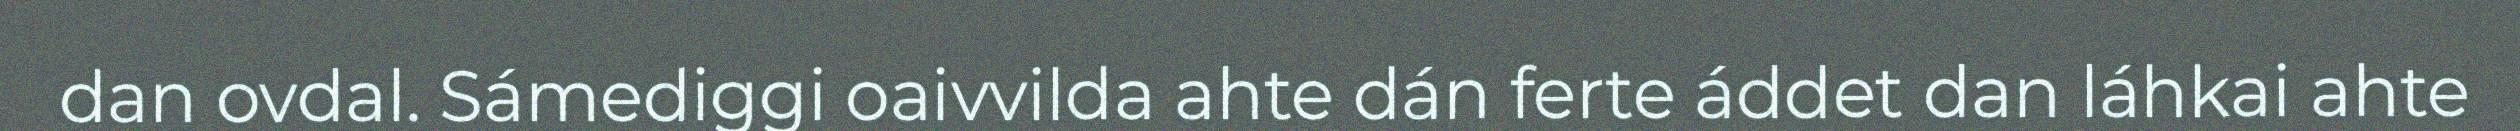
dan ovdal. Sámediggi oaivvilda ahte dán ferte áddet dan láhkai ahte